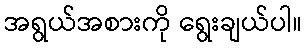
အရွယ်အစားကို ရွေးချယ်ပါ။